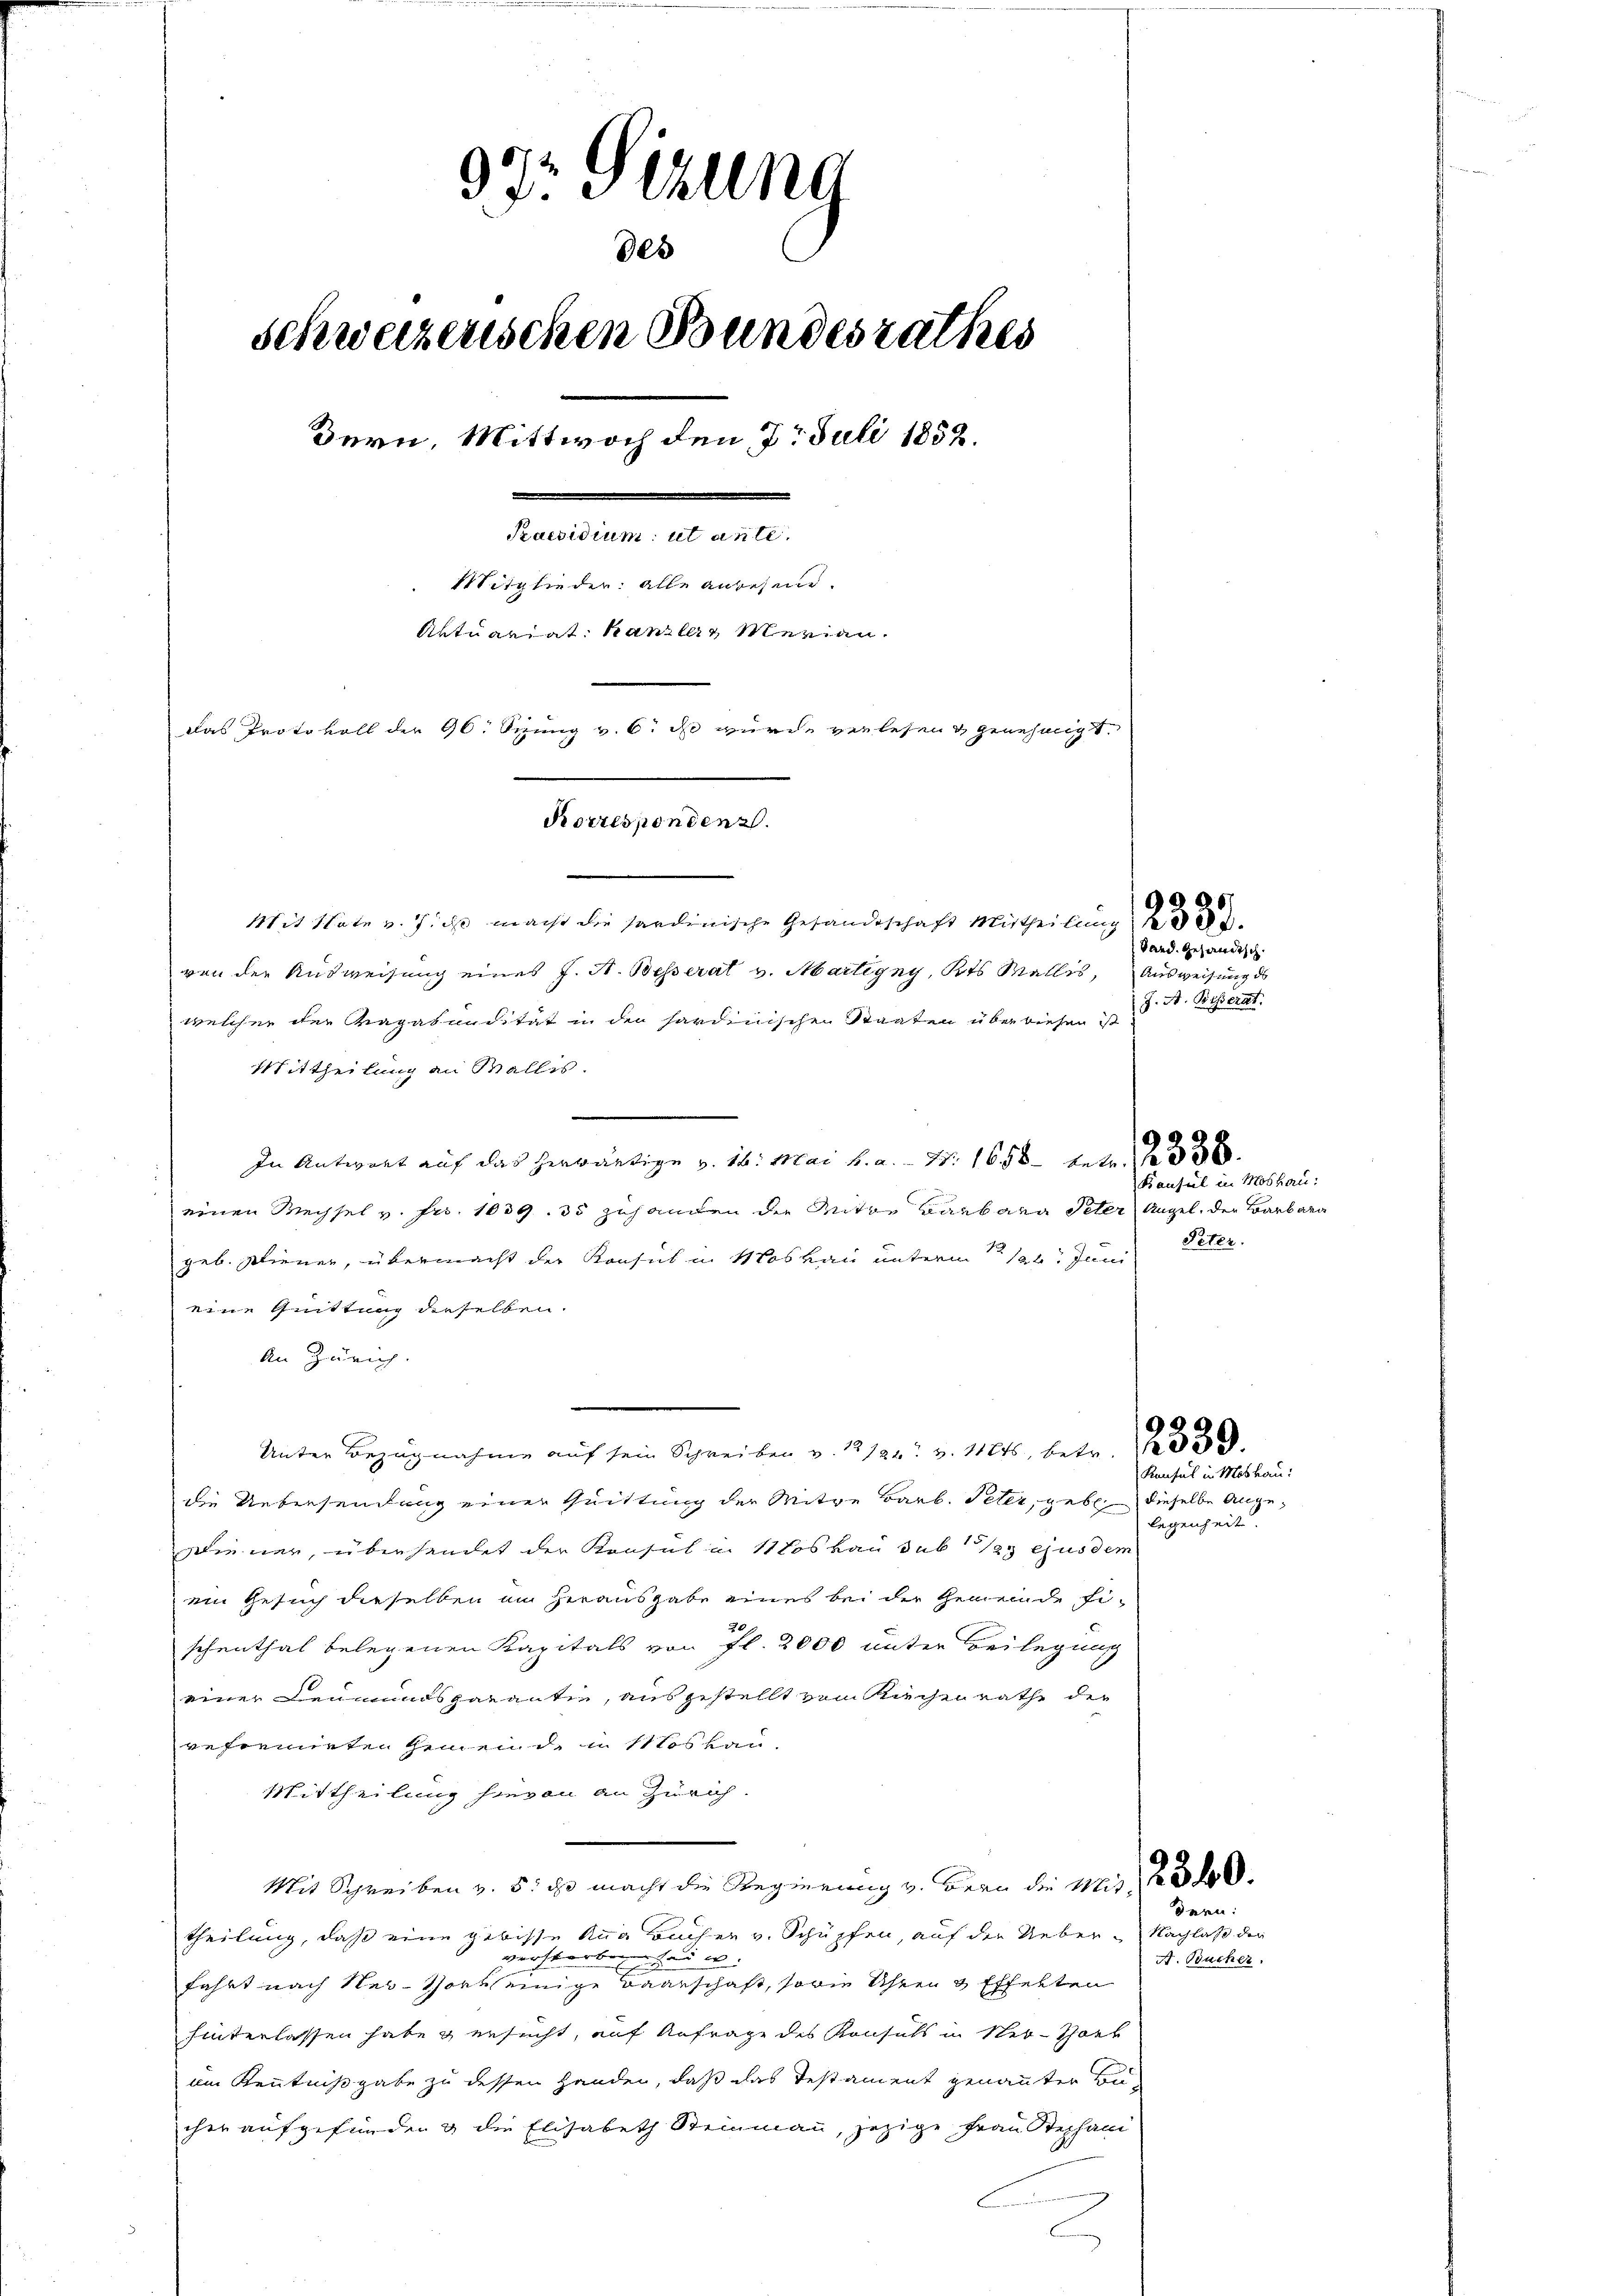
93t Setzung
des
schweizerischen Bundesrathes
Bern, Mittwoch den 7. Juli 1852.
Praesidium ut ante.
Mitglieder: alle anwesend.
Aktuariat Kanzlers Merian
Das Protokoll der 96. Sizung v. 6. ds. wurde verlesen & genehmigt.
Rorrespondenz.

Mit Nate v. Jich macht die sardinische Gesandtschaft Mittheilung
von der Ausweisung eines J. A. Besserat v. Martigny, Kts. Wallis, Ausweisung des
welcher der Magabundität in den sardinischen Staaten überwiesen ist
Mittheilung an Wallis.
e
In Antwort auf das herwärtige v. 16. Mai v. a. 15. 1658 febr 1 f 33 x
einen Wechsel v. Fr. 1039. 35 zuhanden die Anitor Barbara Peter Angel, der Barbara
geb. Diener, übermacht der Konsul in Moskau unterm 12. Juni
eine Quittung dieselben.
An Zürich
Unter Bezugnahme auf sein Schreiben v. 12124. v. 11846, betr. 330.
die Uebersendung einer Quittung der Mitge Barb. Peter, geben dieselbe Angediener, übersendet der Konsul u. 11 Loskau sub 125 gusdem
ein Gesuch dieselben am herausgabe eines bei der Gemeinde Fi-
schenthal belegenen Kapitals von fl. 2000 unter Beilegung
einer Leumundsparantin, ausgestellt vom Sachen räthe der
reformirten Gemeinde in Moskau
Mittheilung hievon an Zürich.
Mit Schreiben v. 5. ds. macht die Regierung v. Beau die Mit 1 f 30.
theilung, daß eine gebisse Anna Bucher v. Schüpfen, auf der Ueber-Nachlaß der
verstorben sei u.
fahrt nach New-York seinige Baarschaft, sowie Uhren & Effekten
hinterlassen habe & ersucht, auf Anfrage des Konsuls in Ner-Konk
im Kenntnißgabe zu dessen Handen, daß das Testament genannten Becher aufgefunden & die Elisabeth Steinmann, jezige Frau Stephani

Band. Gesandtsch.
J. A. Besserat.

Bausul in Moskau:
Peter.

Konsul in Moskau:
legenheit.

dern:

A. Bucher.